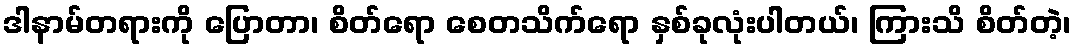
ဒါနာမ်တရားကို ပြောတာ၊ စိတ်ရော စေတသိက်ရော နှစ်ခုလုံးပါတယ်၊ ကြားသိ စိတ်တဲ့၊